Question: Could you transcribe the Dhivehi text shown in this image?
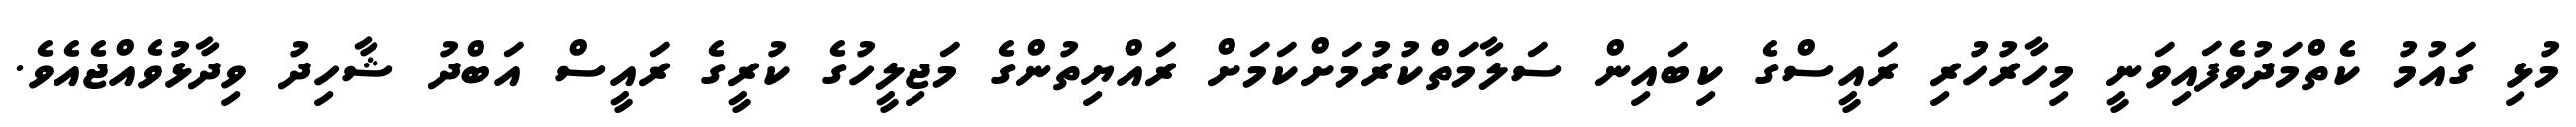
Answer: މުޅި ގައުމު ކެތްމަދުވެފައިވަނީ މިހާރުހުރި ރައީސްގެ ކިބައިން ސަލާމަތްކުރުމަށްކަމަށް ރައްޔިތުންގެ މަޖިލީހުގެ ކުރީގެ ރައީސް އަބްދު ޝާހިދު ވިދާޅުވެއްޖެއެވެ.